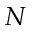
N